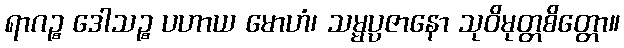
ရာဂဉ္စ ဒေါသဉ္စ ပဟာယ မောဟံ၊ သမ္မပ္ပဇာနော သုဝိမုတ္တစိတ္တော။